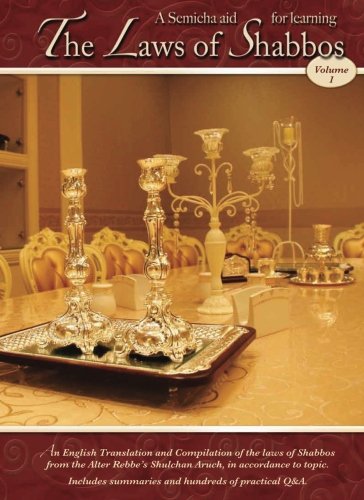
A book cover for A Semicha aid for learning The Laws of Shabbos Volume 1; Rabbi Yaakov Goldstein; Religion & Spirituality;